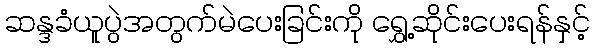
ဆန္ဒခံယူပွဲအတွက်မဲပေးခြင်းကို ရွှေ့ဆိုင်းပေးရန်နှင့်